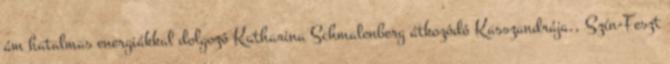
ám hatalmas energiákkal dolgozó Katharina Schmalenberg átkozódó Kasszandrája., Szín-Feszt